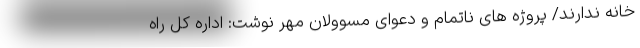
خانه ندارند/ پروژه های ناتمام و دعوای مسوولان مهر نوشت: اداره کل راه